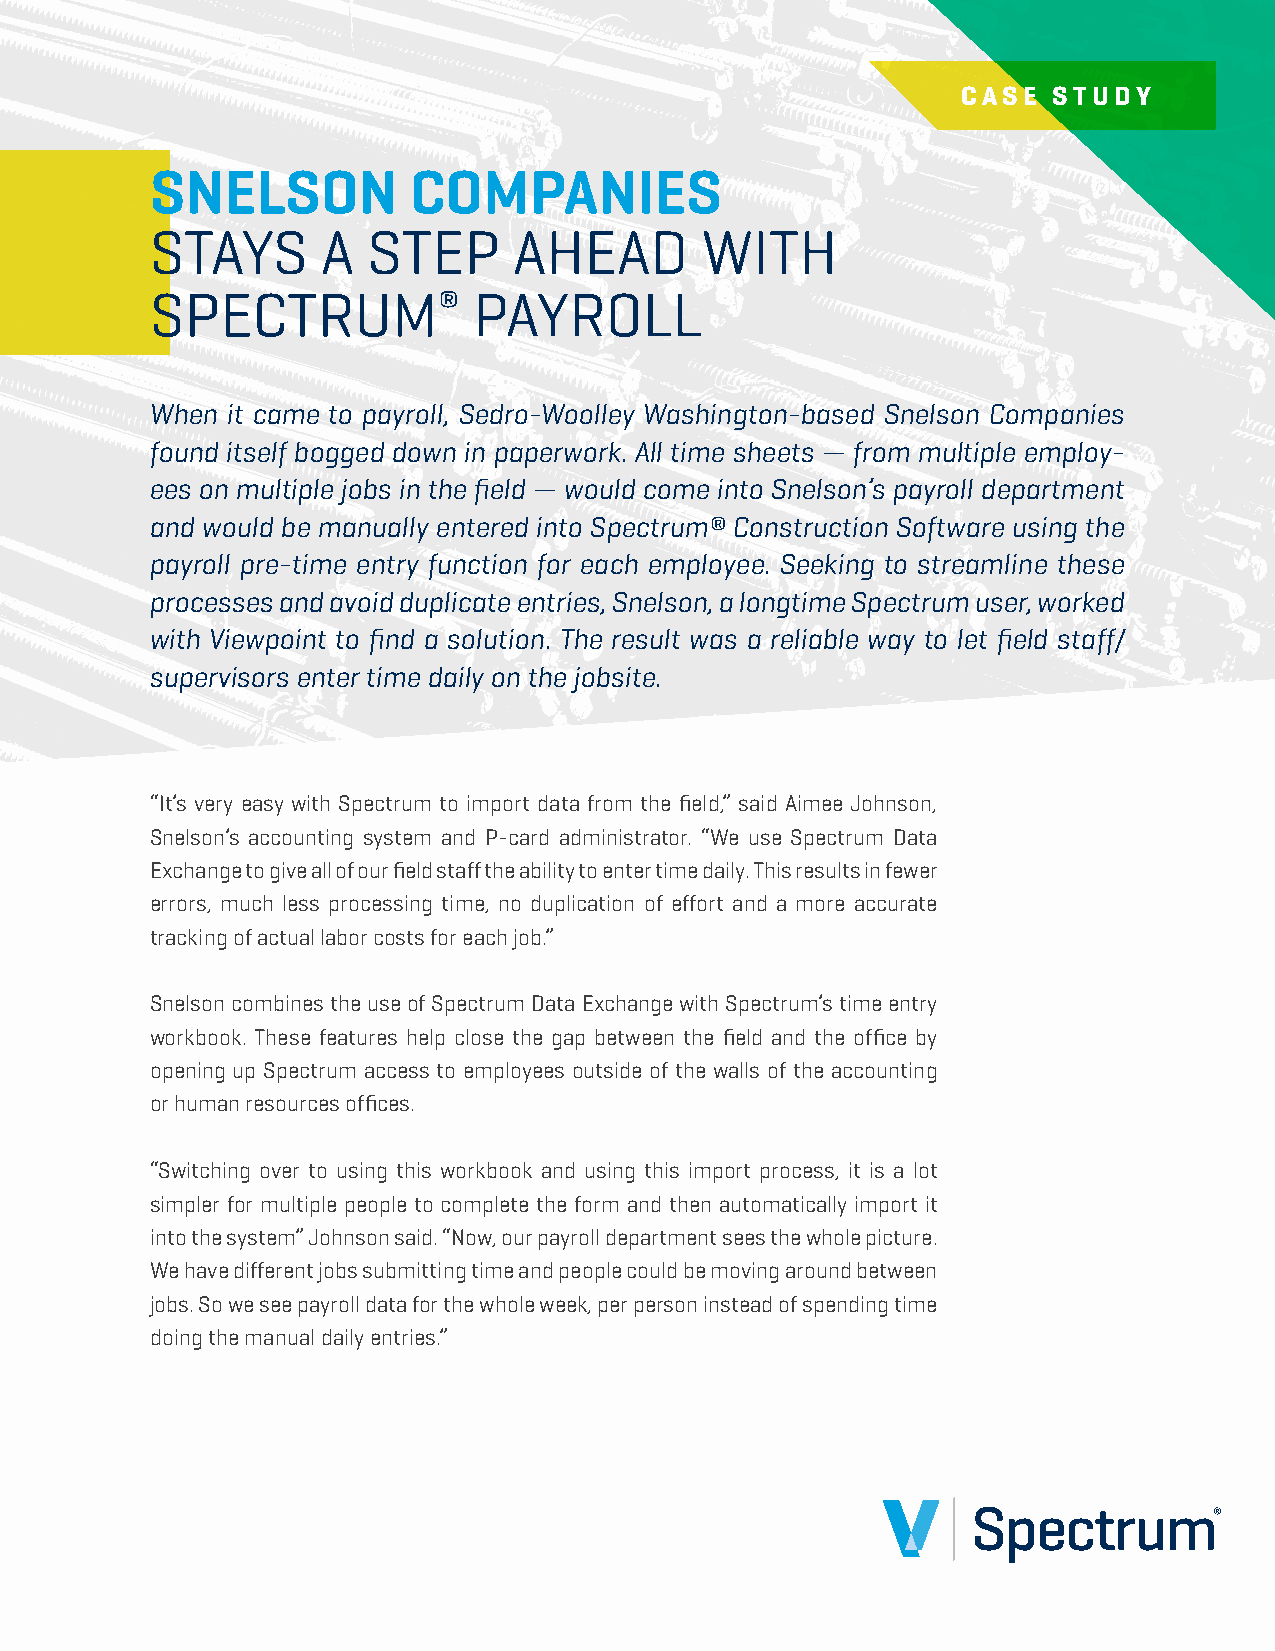
CASE  STUDY
 SNELSON          COMPANIES
 STAYS      A  STEP      AHEAD       WITH
 SPECTRUM®            PAYROLL
 When it came to payroll, Sedro-Woolley Washington-based Snelson Companies
 found itself bogged down in paperwork. All time sheets — from multiple employ-
 ees on multiple jobs in the field — would come into Snelson’s payroll department
 and would be manually entered into Spectrum® Construction Software using the
 payroll pre-time entry function for each employee. Seeking to streamline these
 processes and avoid duplicate entries, Snelson, a longtime Spectrum user, worked
 with Viewpoint to find a solution. The result was a reliable way to let field staff/
 supervisors enter time daily on the jobsite.
 “It’s very easy with Spectrum to import data from the field,” said Aimee Johnson,
 Snelson’s accounting system and P-card administrator. “We use Spectrum Data
 Exchange to give all of our field staff the ability to enter time daily. This results in fewer
 errors, much less processing time, no duplication of effort and a more accurate
 tracking of actual labor costs for each job.”
 Snelson combines the use of Spectrum Data Exchange with Spectrum’s time entry
 workbook. These features help close the gap between the field and the office by
 opening up Spectrum access to employees outside of the walls of the accounting
 or human resources offices.
 “Switching over to using this workbook and using this import process, it is a lot
 simpler for multiple people to complete the form and then automatically import it
 into the system” Johnson said. “Now, our payroll department sees the whole picture.
 We have different jobs submitting time and people could be moving around between
 jobs. So we see payroll data for the whole week, per person instead of spending time
 doing the manual daily entries.”